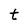
Character: t